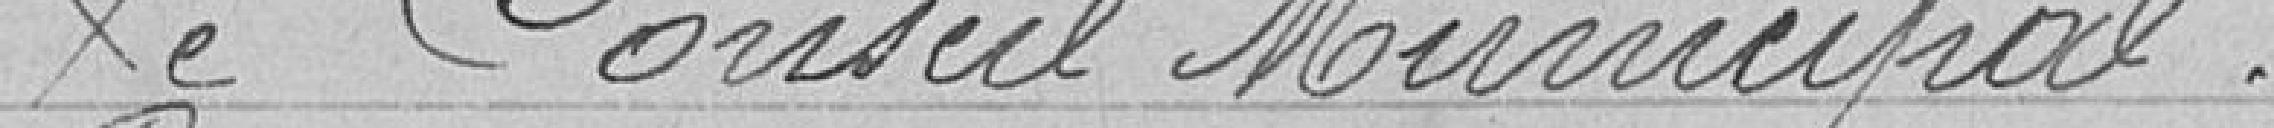
Le Conseil Municipal